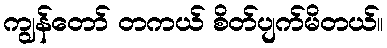
ကျွန်တော် တကယ် စိတ်ပျက်မိတယ်။